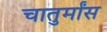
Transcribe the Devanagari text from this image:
चातुर्मांस